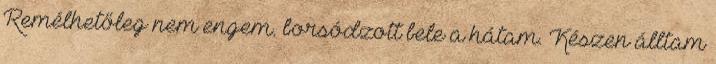
Remélhetőleg nem engem. borsódzott bele a hátam. Készen álltam